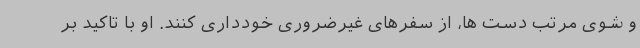
و شوی مرتب دست ها، از سفرهای غیرضروری خودداری کنند. او با تاکید بر